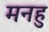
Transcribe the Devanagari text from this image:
मनहु